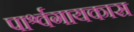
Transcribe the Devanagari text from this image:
पार्श्वगायकास